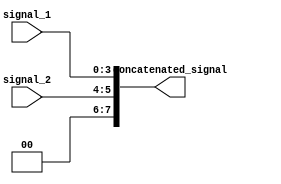
module concat_example (
    input [3:0] signal_1,
    input [1:0] signal_2,
    output [7:0] concatenated_signal
);

assign concatenated_signal = {signal_2, signal_1};

endmodule